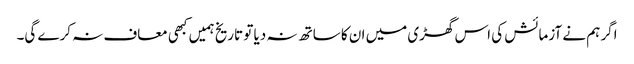
اگر ہم نے آزمائش کی اس گھڑی میں ان کا ساتھ نہ دیا تو تاریخ ہمیں کبھی معاف نہ کرے گی۔